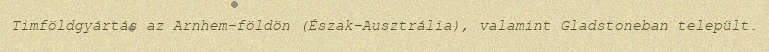
Timföldgyártás az Arnhem-földön (Észak-Ausztrália), valamint Gladstoneban települt.